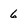
Character: 6